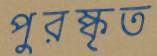
পুরষ্কৃত